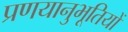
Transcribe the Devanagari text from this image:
प्रणयानुभूतियों